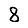
Digit: 8